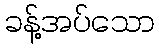
ခန့်အပ်သော